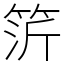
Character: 䇵